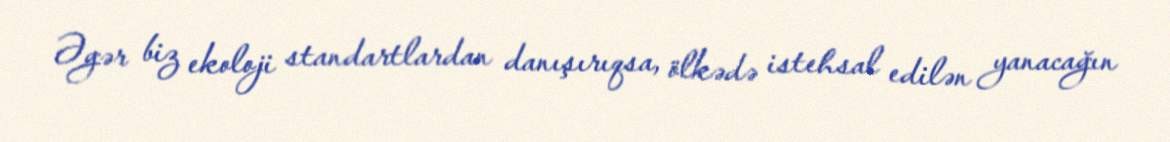
Əgər biz ekoloji standartlardan danışırıqsa, ölkədə istehsal edilən yanacağın